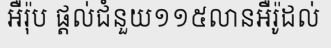
អឺរ៉ុប ផ្តល់ជំនួយ១១៥លានអឺរ៉ូដល់